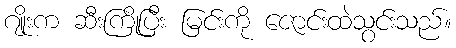
ဂျိုးက ဆီးကြိုပြီး မြင်းကို ဇောင်းထဲသွင်းသည်။